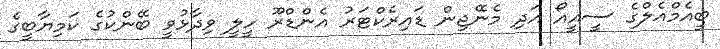
ބީއެމްއެލްގެ ސީއީއޯ އަދި މެނޭޖިން ޑައިރެކްޓަރު އެންޑްރޫ ހީލީ ވިދާޅުވީ ބޭންކުގެ ކަމިޔާބީގެ